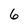
Character: 6